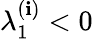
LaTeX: \lambda_{1}^{(\mathbf{i})}<0